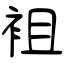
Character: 袓